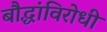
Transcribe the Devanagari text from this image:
बौद्धांविरोधी